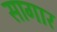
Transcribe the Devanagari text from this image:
सागार